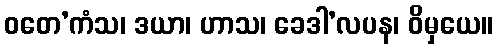
ဝတေ’ကံသ၊ ဒယာ၊ ဟာသ၊ ခေဒါ’လပန၊ ဝိမှယေ။